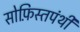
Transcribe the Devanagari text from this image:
सोफ़िस्तपंथी